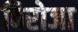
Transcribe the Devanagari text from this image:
बिरोजा